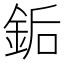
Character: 銗